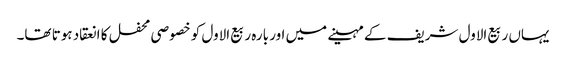
یہاں ربیع الاول شریف کے مہینے میں اور بارہ ربیع الاول کو خصوصی محفل کا انعقاد ہوتا تھا۔